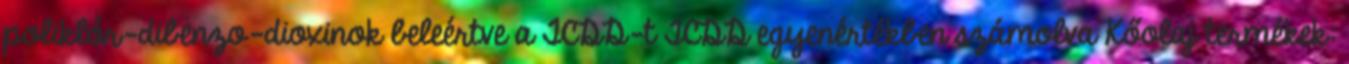
poliklór-dibenzo-dioxinok beleértve a TCDD-t TCDD egyenértékben számolva Kőolaj termékek: